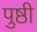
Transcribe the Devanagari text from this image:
पुष्ठी